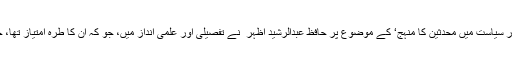
’عقیدہ، فقہ اور سیاست میں محدثین کا منہج‘ کے موضوع پر حافظ عبدالرشید اظہر ؒ نے تفصیلی اور علمی انداز میں، جو کہ ان کا طرہ امتیاز تھا، خطاب فرمایا۔